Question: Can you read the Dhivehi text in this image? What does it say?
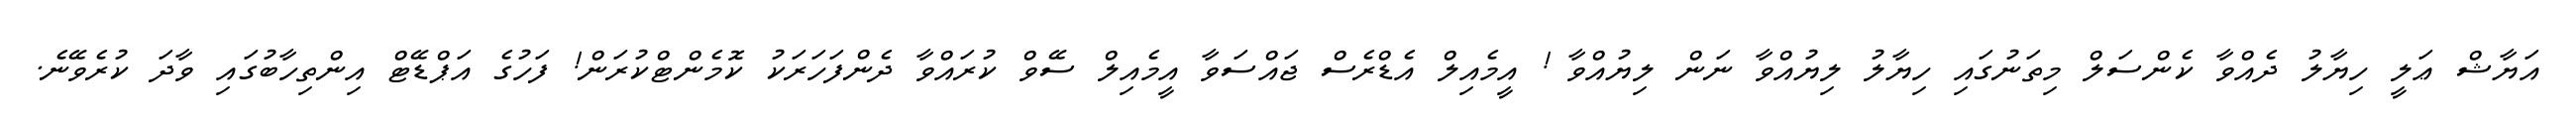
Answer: އަޔާޝް ޢަލީ ހިޔާލު ދެއްވާ ކެންސަލް މިތަނުގައި ހިޔާލު ލިޔުއްވާ ނަން ލިޔުއްވާ ! އީމެއިލް އެޑްރެސް ޖައްސަވާ އީމެއިލް ސޭވް ކުރައްވާ ދެންފަހަރަކު ކޮމެންޓްކުރަން! ފަހުގެ އަޕްޑޭޓް އިންތިހާބުގައި ވާދަ ކުރެވޭނެ.